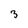
Character: 3